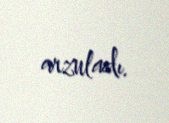
arzuladı.